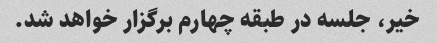
خیر، جلسه در طبقه چهارم برگزار خواهد شد.